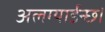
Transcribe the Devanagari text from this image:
अलग्याईन्छ।